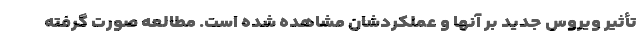
تأثیر ویروس جدید بر آنها و عملکردشان مشاهده شده است. مطالعه صورت گرفته